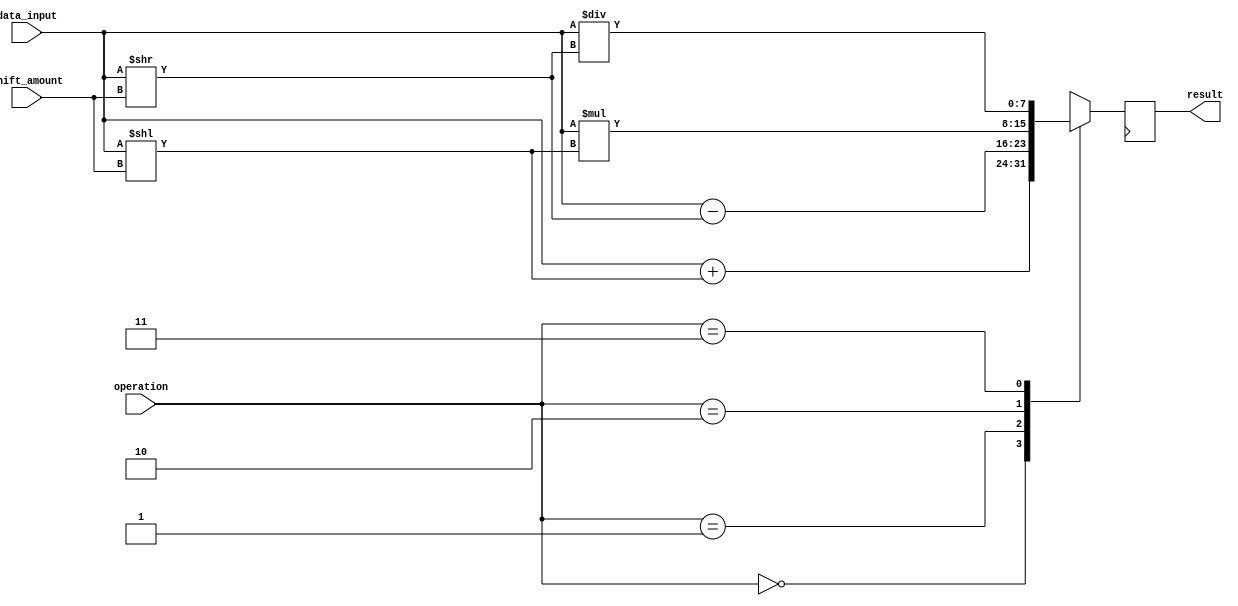
module BarrelShifter (
    input [7:0] data_input,
    input [2:0] shift_amount,
    input [1:0] operation,
    output reg [7:0] result
);

always @ (posedge clk) begin
    case(operation)
        2'b00: result <= data_input + (data_input << shift_amount); // Addition
        2'b01: result <= data_input - (data_input >> shift_amount); // Subtraction
        2'b10: result <= data_input * (data_input << shift_amount); // Multiplication
        2'b11: result <= data_input / (data_input >> shift_amount); // Division
    endcase
end

endmodule